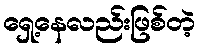
ရှေ့နေလည်းဖြစ်တဲ့